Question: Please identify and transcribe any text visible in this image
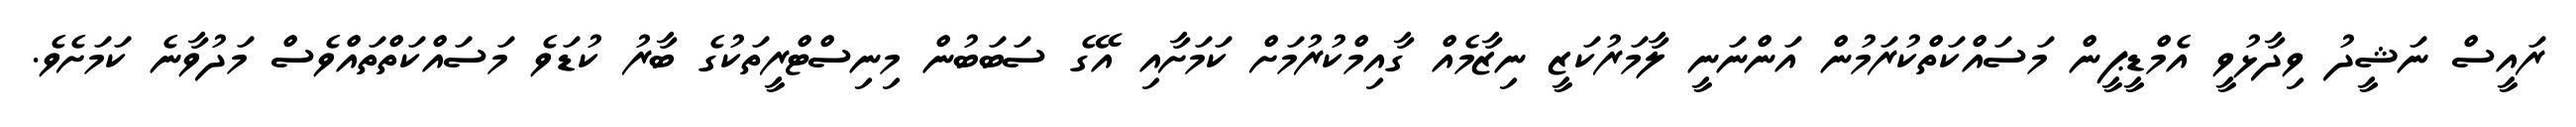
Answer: ރައީސް ނަޝީދު ވިދާޅުވީ އެމްޑީޕީން މަސައްކަތްކުރަމުން އަންނަނީ ލާމަރުކަޒީ ނިޒާމެއް ގާއިމްކުރުމަށް ކަމަށާއި އޭގެ ސަބަބުން މިނިސްޓްރީތަކުގެ ބާރު ކުޑަވެ މަސައްކަތްތައްވެސް މަދުވާނެ ކަމަށެވެ.